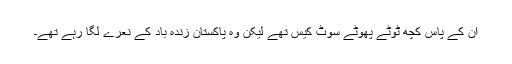
ان کے پاس کچھ ٹوٹے پھوٹے سوٹ کیس تھے لیکن وہ پاکستان زندہ باد کے نعرے لگا رہے تھے۔